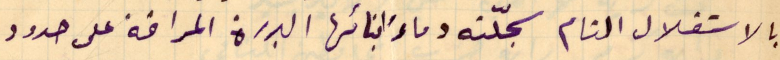
بالاستقلال التام سجّلته دماءَ ابنائها البررة المراقة على حدود